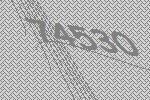
74530